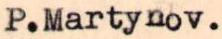
P.Martynov.